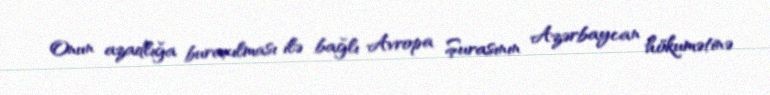
Onun azadlığa buraxılması ilə bağlı Avropa Şurasının Azərbaycan hökumətinə